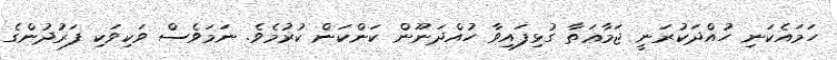
ހަމައެކަނި ހުއްދަކުރަނީ ޖަމާޢަތާ ގުޅިފައިވާ ހުއްދަނޫން ކަންކަން ކުރުމެވެ. ނަމަވެސް ވަކިވަކި ފަރުދުންގެ